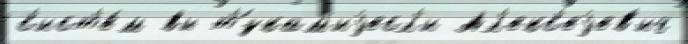
с'ист'е́м вы т'́зкам'иjесл'и Ал'екс'еjев'ич